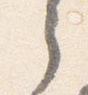
之